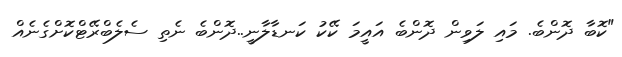
"ކޮބާ ދޮންބެ. މައި ލަވިން ދޮންބެ އައީމަ ކޭކު ކަނޑާލާނީ..ދޮންބެ ނެތި ސެލެބްރޭޓްކޮށްގެނެއް